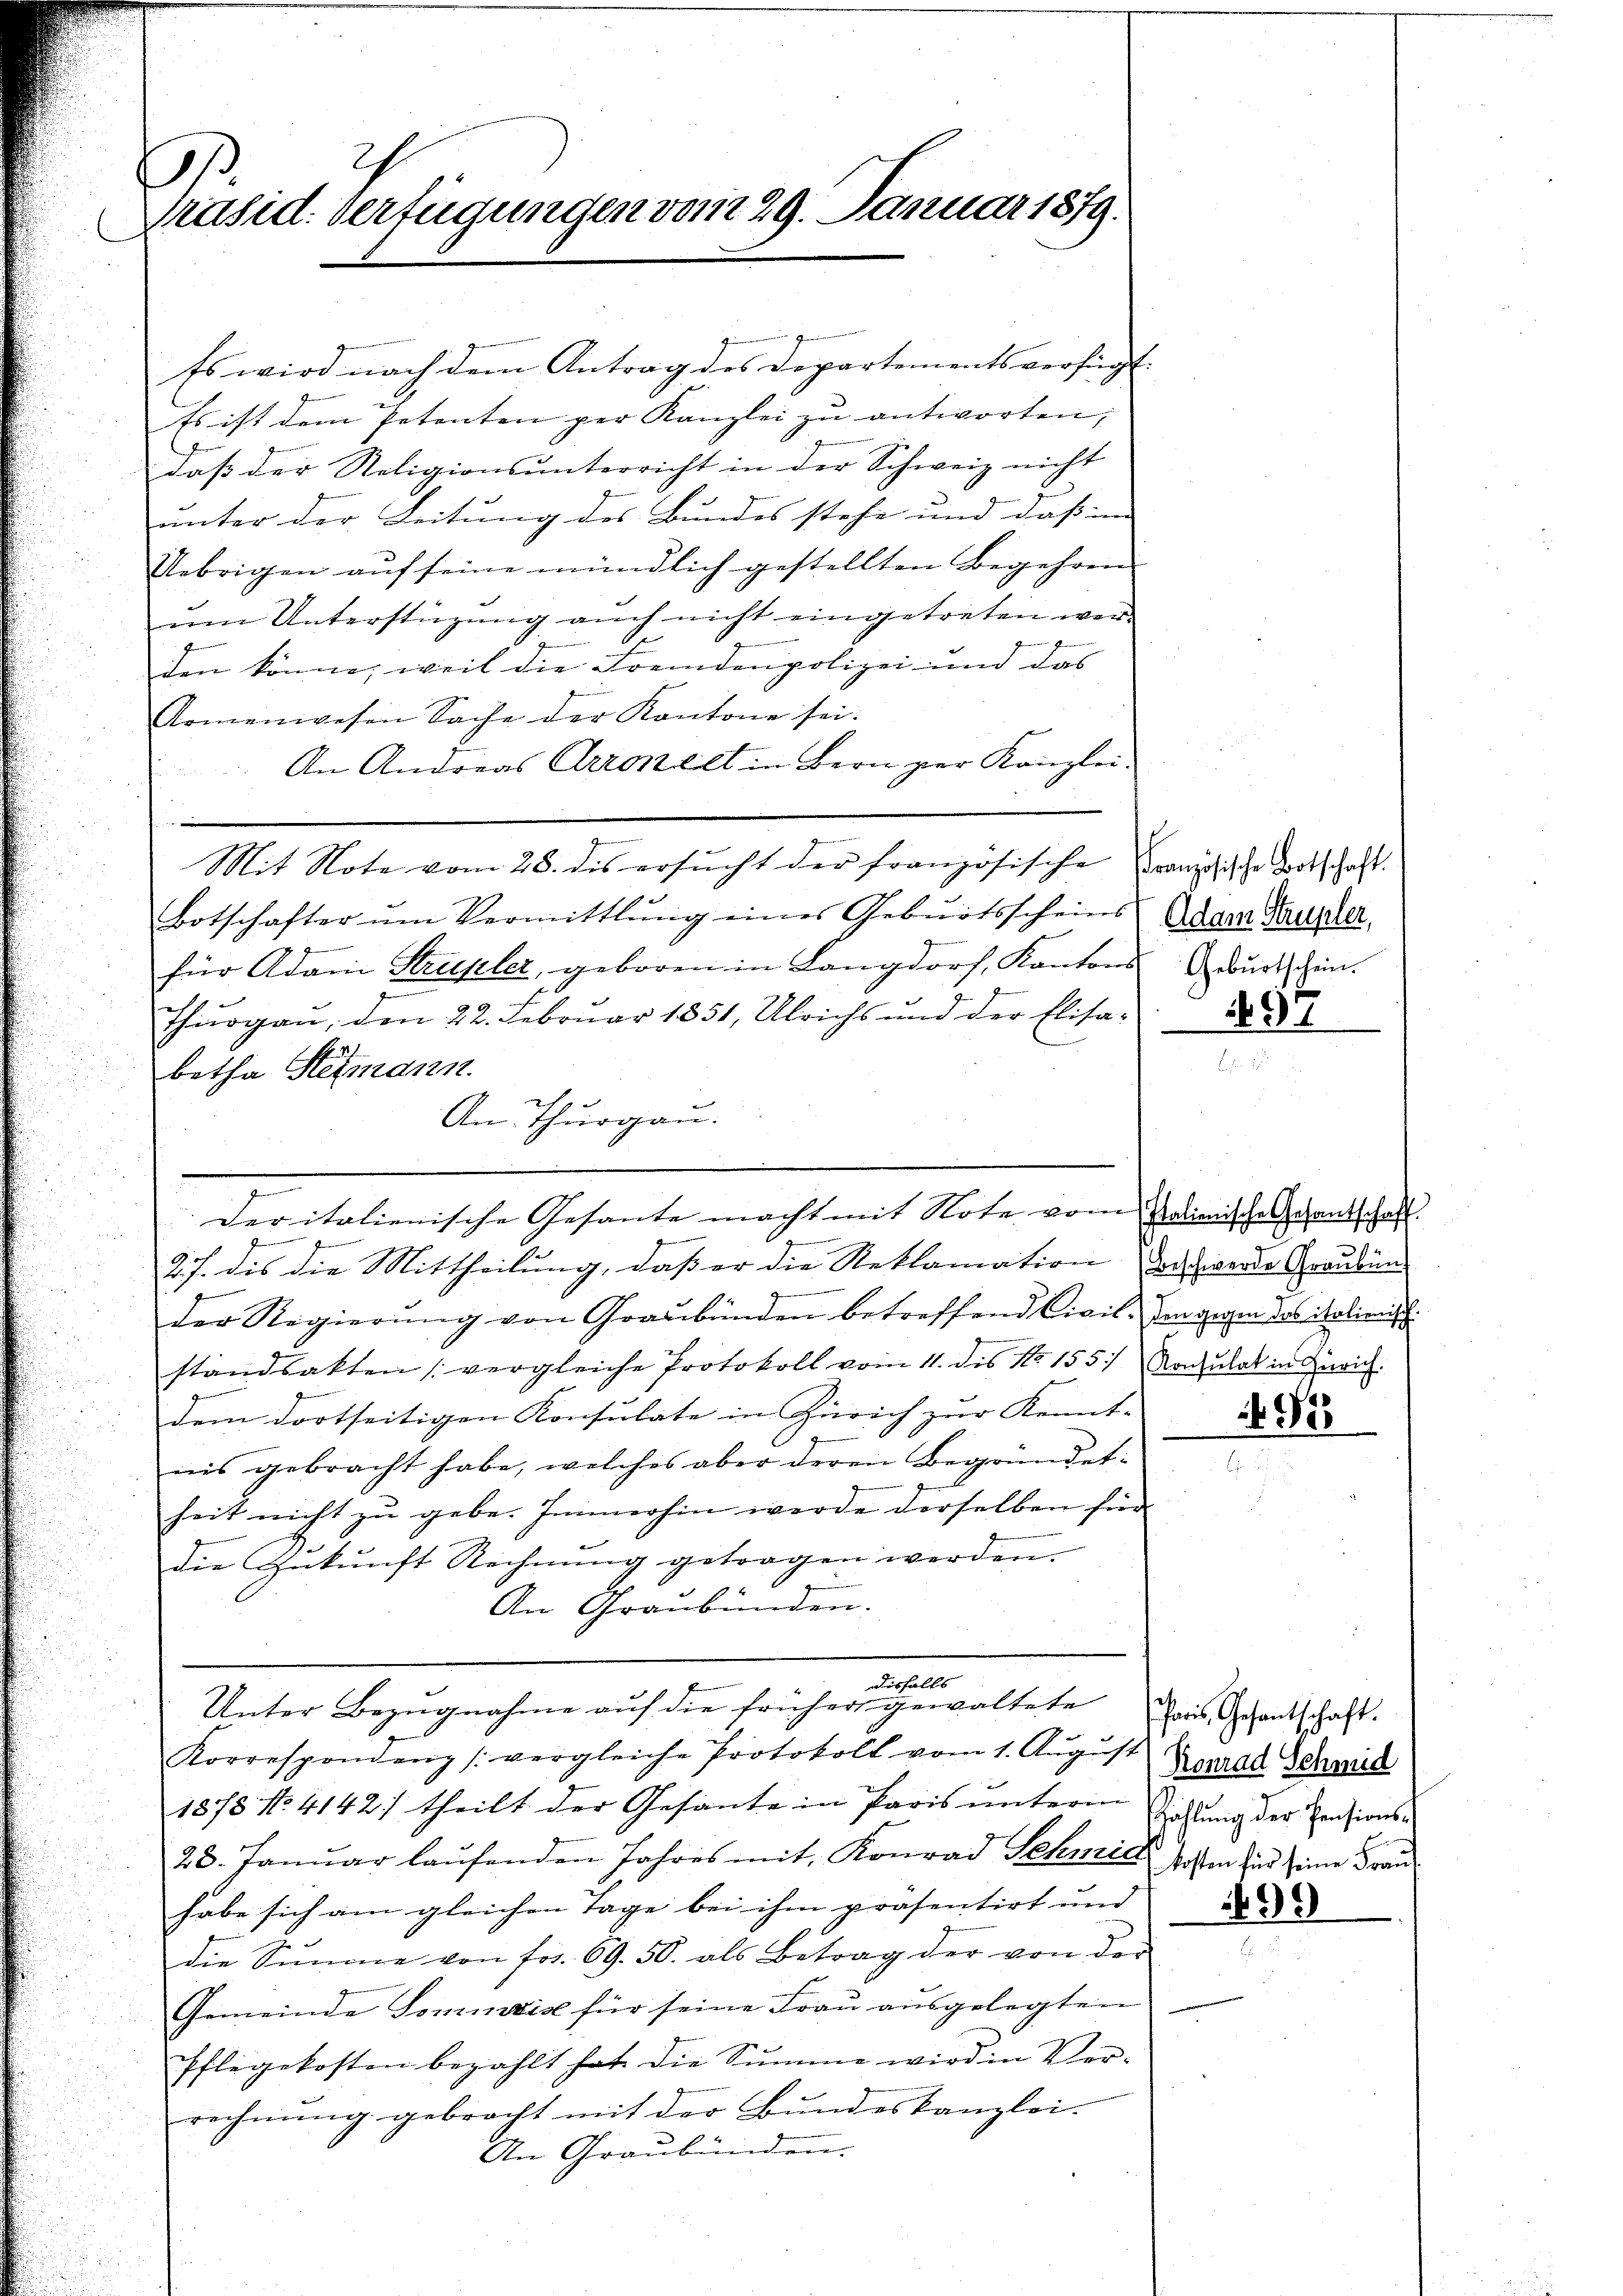
1
Präsid. Verfügungen vom 29. Januar 1879.

Es wird nach dem Antrag des Departements verfügt:
Es ist dem Petenten per Kanzlei zu antworten,
daß der Religionsunterricht in der Schweiz nicht
unter der Leitung des Bundes stehe und daß im
Uebrigen auf seine mündlich gestellten Begehren
um Unterstüzung auch nicht eingetreten wer
den könne, weil die Fremdenpolizei und das
Armenwesen Sache der Kantone sei.
An Andreas Arrokeilt in Bern zur Kanzlei-
Mit Note vom 28. des ersucht der französische Französische Wortschaft.
Botschafter um Vermittlung eines Geburtsscheins
für Adam Strupler, geboren in Langdorf, Kantons Geburtschen.
Thurgau, den 22. Februar 1851, Ulrichs und der Elisabetha Stegmann.
An Thurgau.
deritalienische Gesante macht mit Note vom Patimische Schantschaft.
memen
27. dis die Mittheilung, daß er die Reklamation aus werde Graubün
der Regierŭng von Graubünden betreffend Civil- Zangigen des Realienisch
standsakten (vergleiche Protokoll vom 11. des No 155) Notulat in Zürich.
dem dortseitigen Konsulate in Zürich zur Kennt-
nis gebracht habe, welches aber deren Begründetheit nicht zu gebe. Immerhin werde derselben für
die Gekŭnft Rechnŭng getragen werden.
An Graubünden.
disfalls
Unter Bezugnahme auf die früher gewaltete
Korrespondenz (vergleiche Protokoll vom 1. Aŭgŭst
1878 No. 4142; theilt der Gesante in Paris unterm Richtung der Pensions¬
23. Januar laŭfenden Jahres mit Konrad Sehwicki sosten und seine Frau
habe sich am gleichen Tage bei ihm präsentirt und
die Simme von fr. 69. 50. als Betrag der von der
Gemeinde Sominis für seine Frau ausgelegten
Pflegekosten bezahlt hat die Summe wird in Ver-
rechnung gebracht mit der Bundeskanzlei.
An Graubünden.

Adam Hausler,

497

450

Paris, Gesantschaft.
Konrad Schmid

899